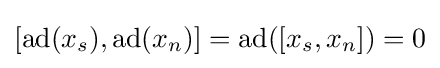
[\operatorname {ad} (x_{s}),\operatorname {ad} (x_{n})]=\operatorname {ad} ([x_{s},x_{n}])=0